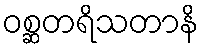
ဝစ္ဆတရိသတာနိ